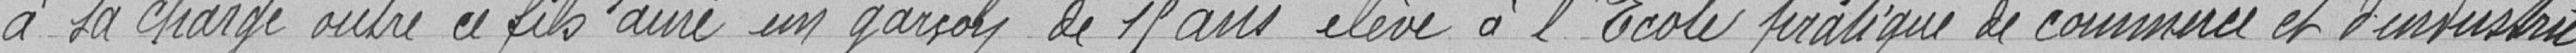
à sa charge outre ce fils aîné un garçon de 15 ans élève à l'Ecole pratique de commerce et d'industrie